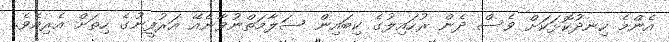
އެންމެ ހިނދުކޮޅަކަށް ވެސް ދެން ރުހައިލުގެ ކިބައިން ސަލާމަތްނުވާނެއޭ އަރުފީނުގެ ހިތަށް އެރިއެވެ.